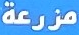
مزرعة